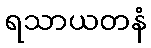
ရသာယတနံ